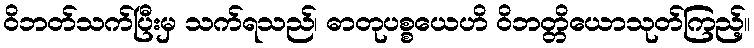
ဝိဘတ်သက်ပြီးမှ သက်ရသည်၊ ဓာတုပစ္စယေဟိ ဝိဘတ္တိယောသုတ်ကြည့်။